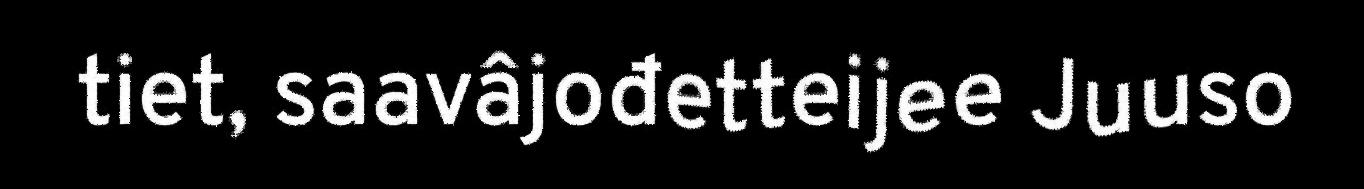
tiet, saavâjođetteijee Juuso